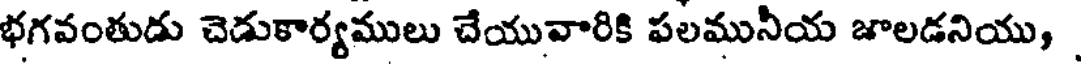
భగవంతుడు చెడుకార్యములు చేయువారికి పలమునీయ జాలడనియు,